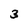
Character: 3